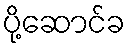
ပို့ဆောင်ခ